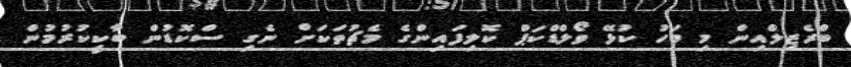
ބްރެޒިލްއިން މި މަހު ކުޅޭ ވޯލްޑްކަޕް ކޮލިފައިންގެ މެޗުތަކަށް ނެގި ސްކޮޑުން ބާކީކުރުމުން